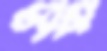
ভরাস